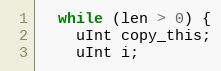
Language: C++
  while (len > 0) {
    uInt copy_this;
    uInt i;